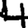
Digit: 4